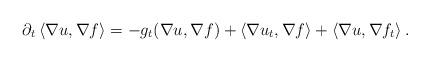
LaTeX: \begin{align*}\partial_t \, \langle \nabla u , \nabla f \rangle = - g_t (\nabla u , \nabla f) + \langle \nabla u_t , \nabla f \rangle + \langle \nabla u , \nabla f_t \rangle \, .\end{align*}